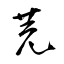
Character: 芫